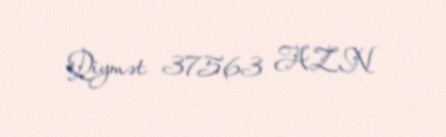
Qiymət 37563 AZN